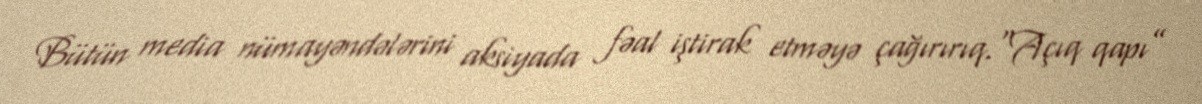
Bütün media nümayəndələrini aksiyada fəal iştirak etməyə çağırırıq.“Açıq qapı”